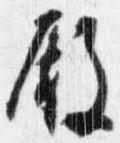
殿